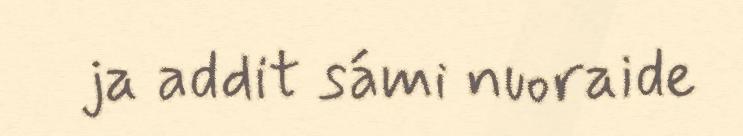
ja addit sámi nuoraide